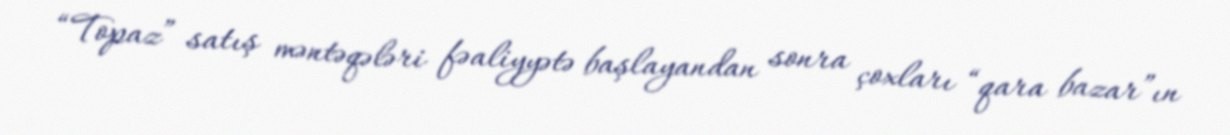
“Topaz” satış məntəqələri fəaliyyətə başlayandan sonra çoxları “qara bazar”ın